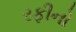
રફીનો